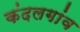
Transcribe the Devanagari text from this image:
कंदलगांव